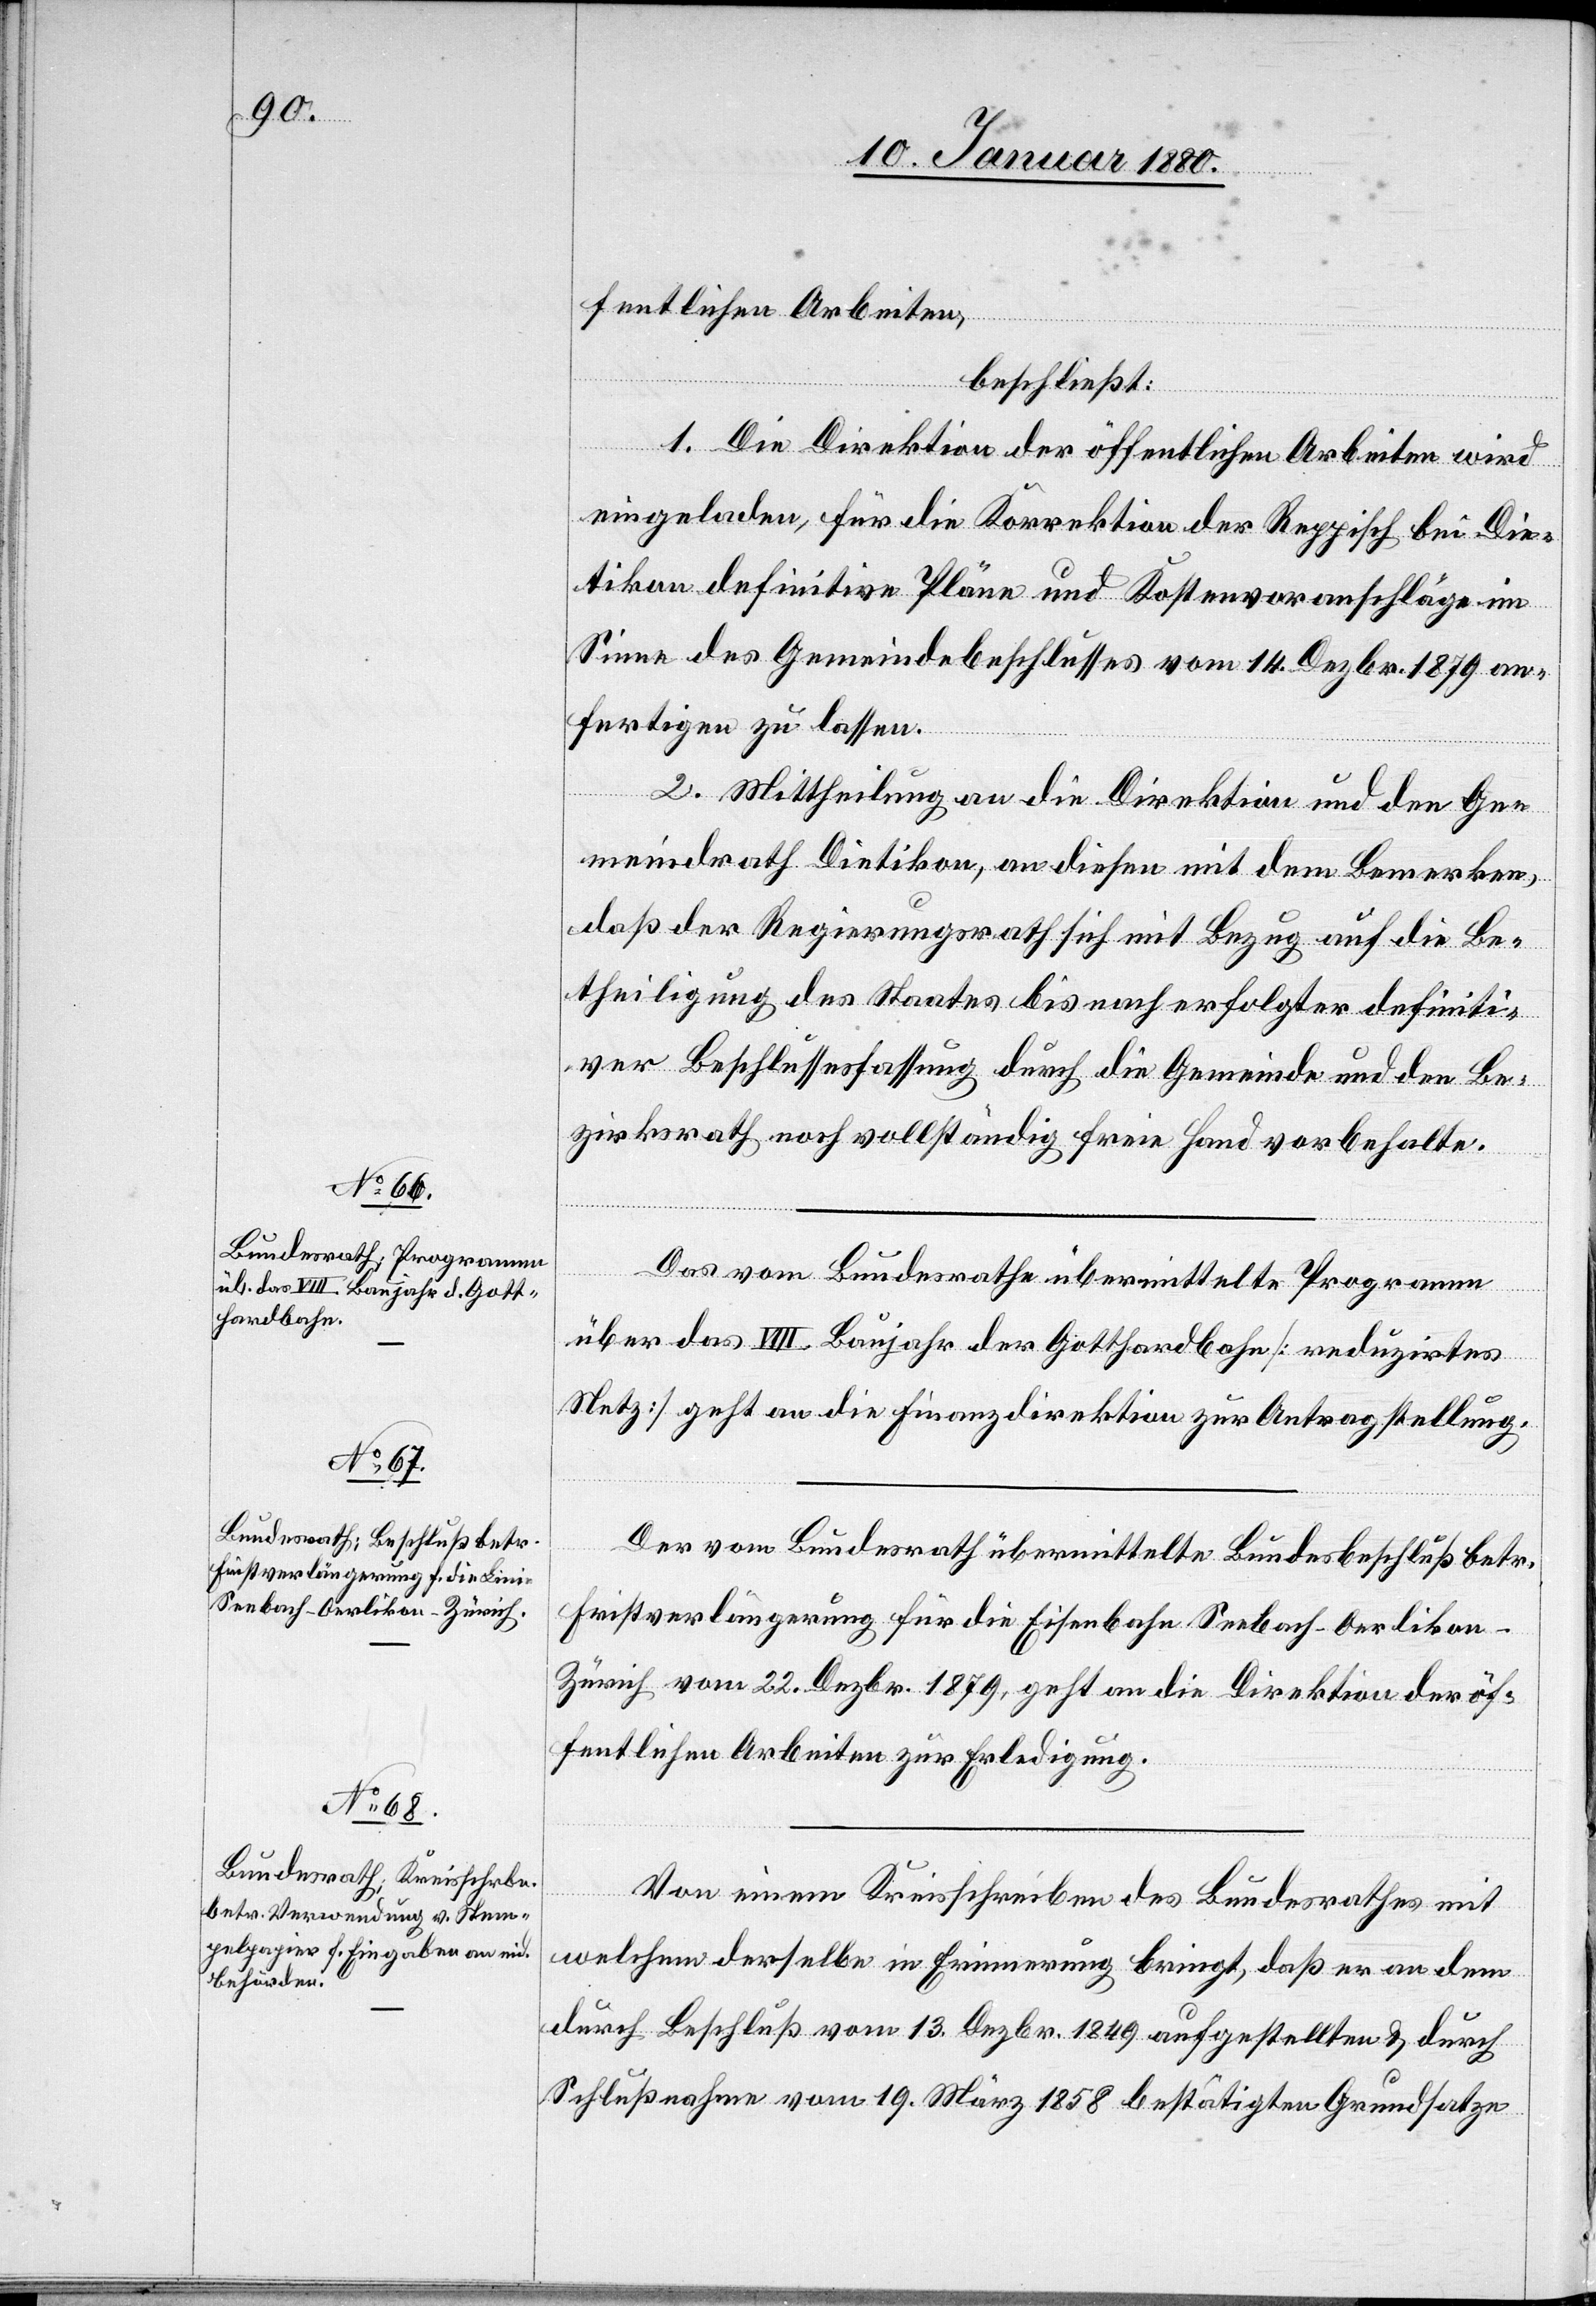
fentlichen Arbeiten,
beschließt:
1. Die Direktion der öffentlichen Arbeiten wird
eingeladen, für die Korrektion der Reppisch bei Die¬
tikon definitive Pläne und Kostenvoranschläge im
Sinne des Gemeindebeschlusses vom 14. Dezbr. 1879 an¬
fertigen zu lassen.
ef¬
2. Mittheilung an die Direktion und den Ge¬
meindrath Dietikon, an diesen mit dem Bemerken,
daß der Regierungsrath sich mit Bezug auf die Be¬
theiligung des Staates bis nach erfolgter definiti¬
ver Beschlussesfassung durch die Gemeinde und den Be¬
zirksrath noch vollständig freie Hand vorbehalte.
Das vom Bundesrathe übermittelte Programm
über das VIII. Baujahr der Gotthardbahn [reduzirtes
Netz] geht an die Finanzdirektion zur Antragstellung.
Der vom Bundesrath übermittelte Bundesbeschluß betr¬
Fristverlängerung für die Eisenbahn Seebach–Oerliko¬
n–Zürich vom 22. Dezbr. 1879, geht an die Direktion der öf¬
fentlichen Arbeiten zur Erledigung.
fend
Von einem Kreisschreiben des Bundesrathes mit
welchem derselbe in Erinnerung bringt, daß er an dem
durch Beschluß vom 13. Dezbr. 1849 aufgestellten & durch
Schlußnahme vom 19. März 1858 bestätigten Grundsatze